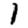
Digit: 1